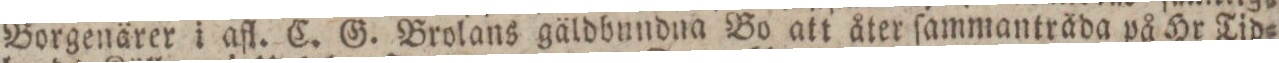
Borgenärer i afl. C. G. Brolans gäldbundna Bo att åter ſammanträda på Hr Tid=